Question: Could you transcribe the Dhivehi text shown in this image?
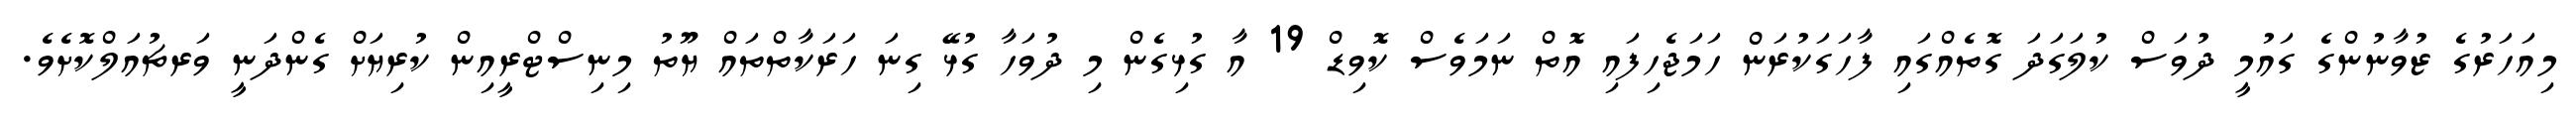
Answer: މިއަހަރުގެ ޒުވާނުންގެ ގައުމީ ދުވަސް ކުލަގަދަ ގޮތެއްގައި ފާހަގަކުރަން ހަމަޖެހިފައި އޮތް ނަމަވެސް ކޮވިޑް 19 އާ ގުޅިގެން މި ދުވަހާ ގުޅޭ ގިނަ ހަރަކާތްތައް ޔޫތު މިނިސްޓްރީއިން ކުރިޔަށް ގެންދަނީ ވަރޗުއަލްކޮށެވެ.